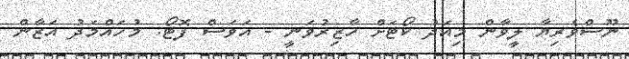
ނޫސްވެރިޔާ ލީވާން މިއަދު ކޯޓަށް ހާޒިރުވަނީ - އަވަސް ފޮޓޯ: މުހައްމަދު އަޒާން